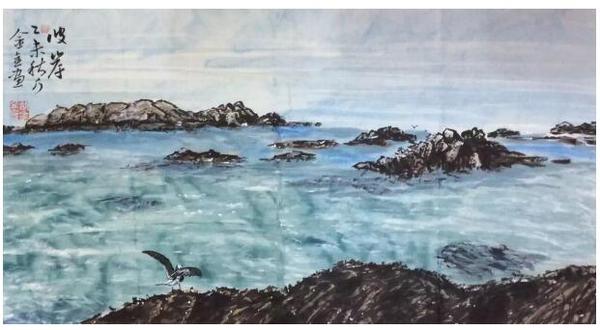
莫道谗言如浪深，莫言迁客似沙沉。